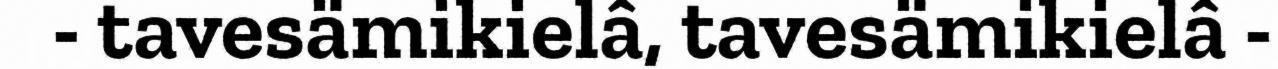
- tavesämikielâ, tavesämikielâ -